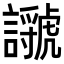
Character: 𧭣